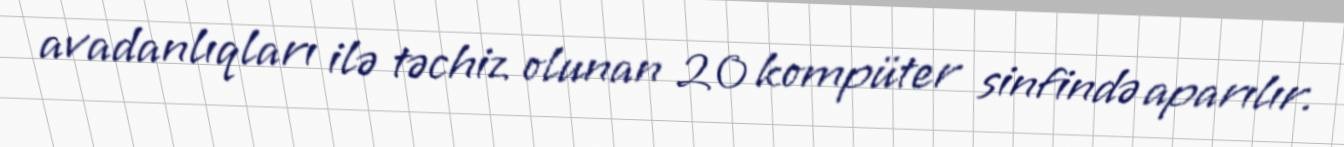
avadanlıqları ilə təchiz olunan 20 kompüter sinfində aparılır.